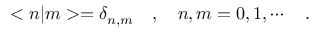
< n | m > = \delta _ { n , m } \ \ \ , \ \ \ n , m = 0 , 1 , \cdots \ \ \ .